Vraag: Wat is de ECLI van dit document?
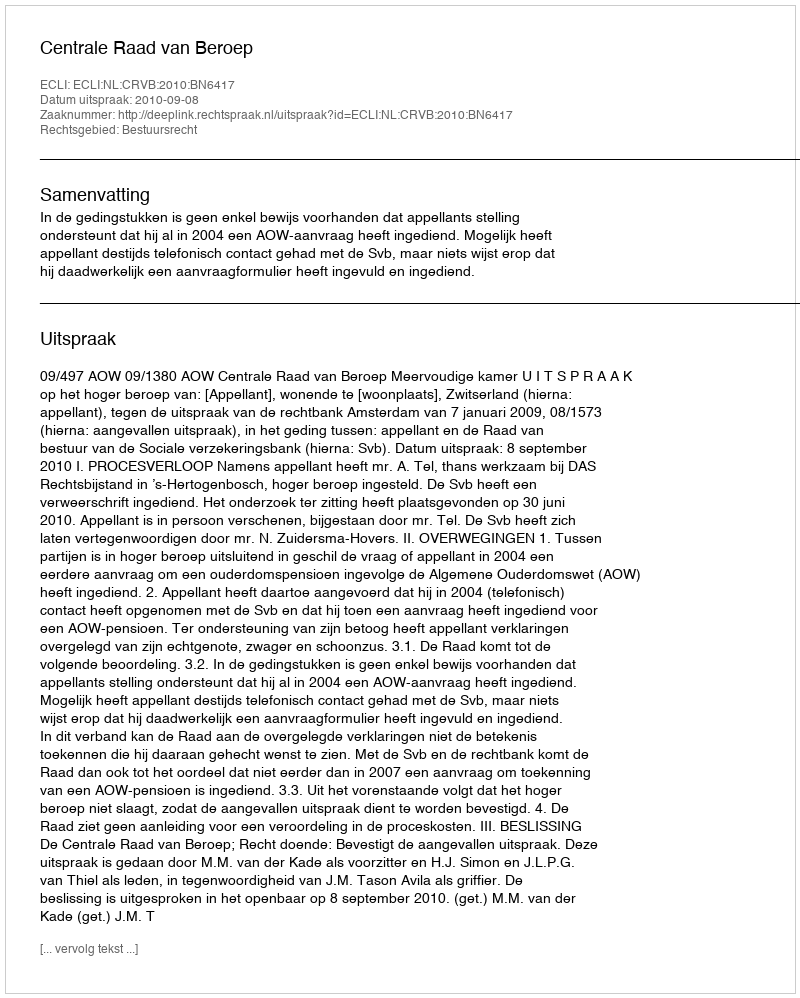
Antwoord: ECLI:NL:CRVB:2010:BN6417